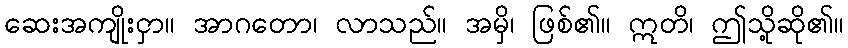
ဆေးအကျိုးငှာ။ အာဂတော၊ လာသည်။ အမှိ၊ ဖြစ်၏။ ဣတိ၊ ဤသို့ဆို၏။